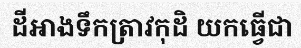
ដីអាងទឹកត្រាវកុដិ យកធ្វើជា